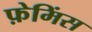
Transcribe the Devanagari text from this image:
फ़ेमिंस